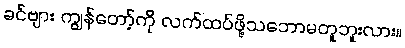
ခင်ဗျား ကျွန်တော့်ကို လက်ထပ်ဖို့သဘောမတူဘူးလား။